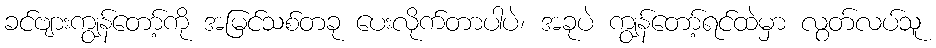
ခင်ဗျားကျွန်တော့်ကို အမြင်သစ်တခု ပေးလိုက်တာပါပဲ၊ အခုပဲ ကျွန်တော့်ရင်ထဲမှာ လွတ်လပ်သူ